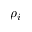
\rho _ { i }